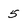
Character: 5